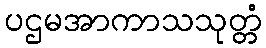
ပဌမအာကာသသုတ္တံ